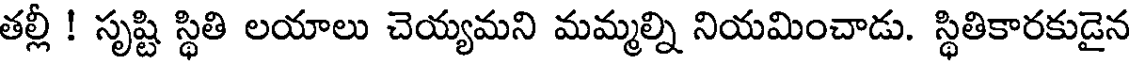
తల్లీ ! సృష్టి స్థితి లయాలు చెయ్యమని మమ్మల్ని నియమించాడు. స్థితికారకుడైన